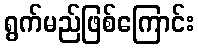
ရွက်မည်ဖြစ်ကြောင်း